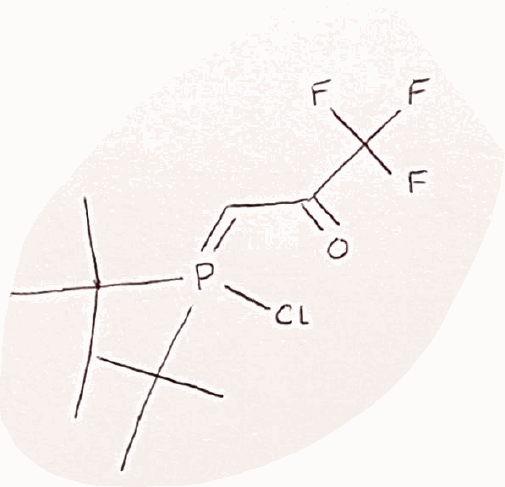
Simplified molecular-input line-entry system (SMILES) notation of the given molecule:
CC(C)(C)P(=CC(=O)C(F)(F)F)(C(C)(C)C)Cl